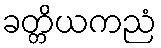
ခတ္တိယကညံ